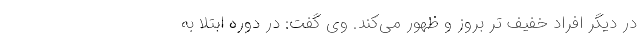
در دیگر افراد خفیف تر بروز و ظهور می‌کند. وی گفت: در دوره ابتلا به